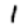
Digit: 1